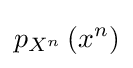
p_{X^{n}}\left(x^{n}\right)